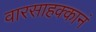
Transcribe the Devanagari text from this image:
वारसाहक्कानं